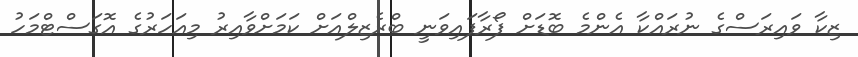
ޒިކާ ވައިރަސްގެ ނުރައްކާ އެންމެ ބޮޑަށް ފޯރާފައިވަނީ ބްރެޒިލްއަށް ކަމަށްވާއިރު މިއަހަރުގެ އޮގަސްޓްމަހު